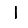
Digit: 1